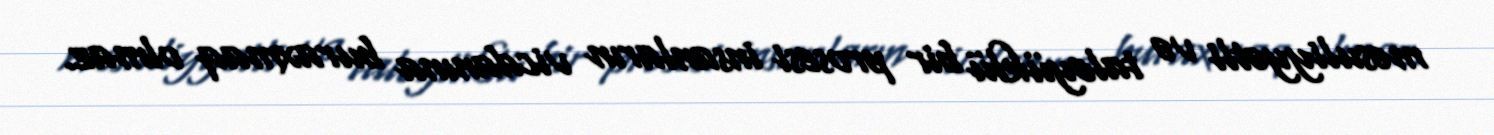
məsuliyyətli və taleyüklü bir prosesi insanların vicdanına buraxmaq olmaz.